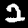
Label: 2